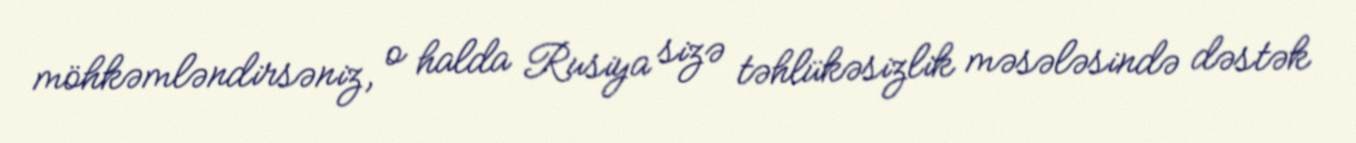
möhkəmləndirsəniz, o halda Rusiya sizə təhlükəsizlik məsələsində dəstək